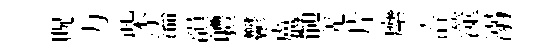
貺力柴溘韻軆鬱盧髄羌片縻涪澨溺